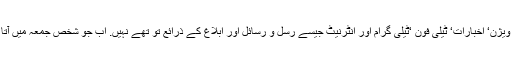
رسول اللہﷺ کے احکام خطباتِ جمعہ میں صادر ہوتے تھے. اُس وقت آج کی طرح ریڈیو‘ ٹیلی ویژن‘ اخبارات‘ ٹیلی فون ‘ٹیلی گرام اور انٹرنیٹ جیسے رسل و رسائل اور ابلاغ کے ذرائع تو تھے نہیں. اب جو شخص جمعہ میں آتا ہی نہ ہو اور اس طرح ان احکام کے سننے ہی سے محروم رہے تو وہ اطاعت کیسے کرے گا!